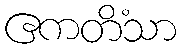
ဧကတိံသာ